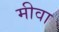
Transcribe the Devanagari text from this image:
मीवा